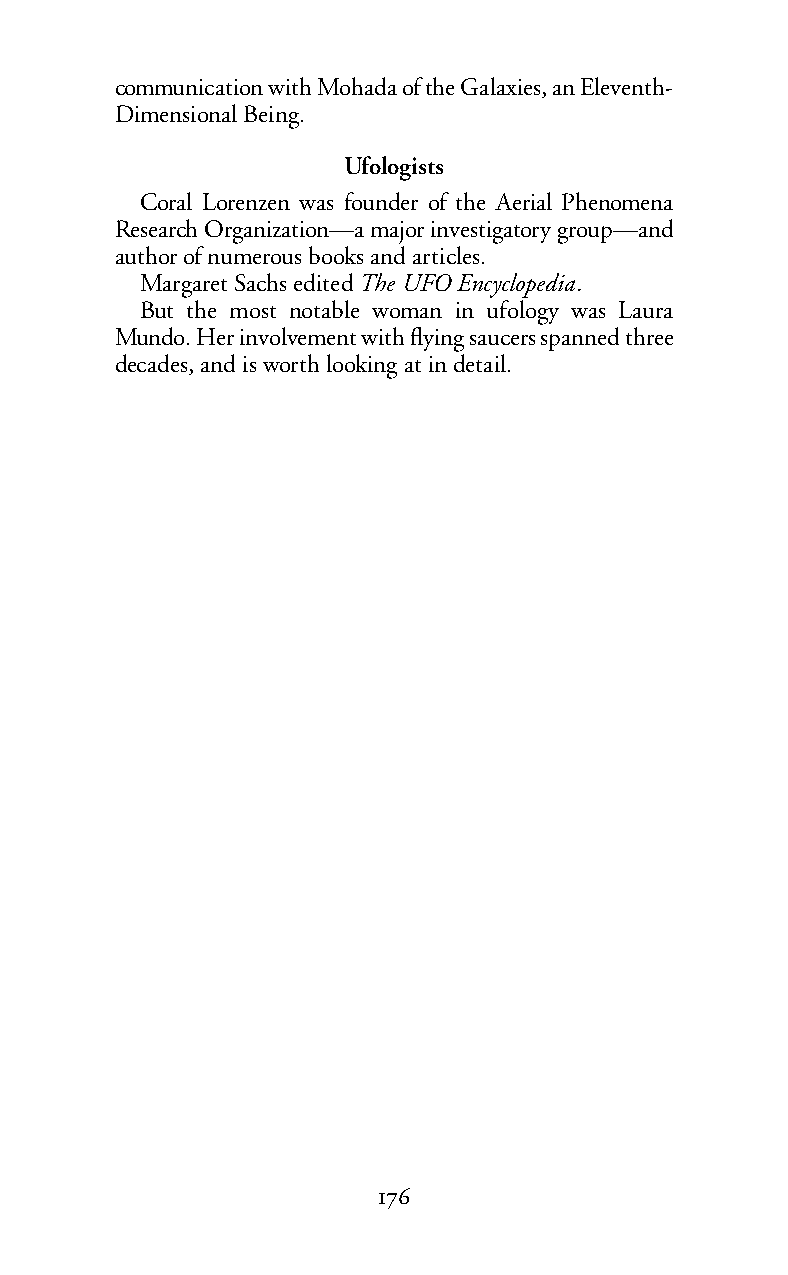
communication with Mohada of the Galaxies, an Eleventh-
 Dimensional Being.
 Ufologists
 Coral Lorenzen was founder of the Aerial Phenomena
 Research Organization—a major investigatory group—and
 author of numerous books and articles.
 Margaret Sachs editedThe UFO Encyclopedia.
 But the most notable woman in ufology was Laura
 Mundo. Her involvement with flying saucers spanned three
 decades, and is worth looking at in detail.
 